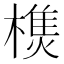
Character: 𣛑